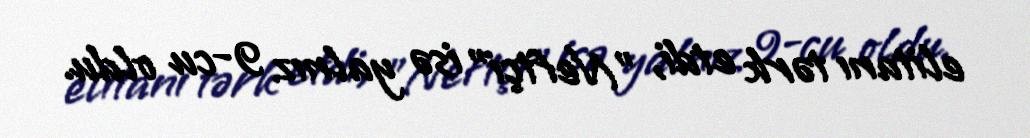
elitanı tərk etdi, "Neftçi" isə yalnız 9-cu oldu.